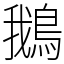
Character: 鵝